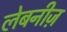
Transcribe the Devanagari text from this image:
लेबनीज़